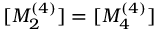
[ M _ { 2 } ^ { ( 4 ) } ] = [ M _ { 4 } ^ { ( 4 ) } ]